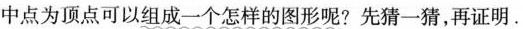
中点为顶点可以组成一个怎样的图形呢?先猜一猜，再证明.